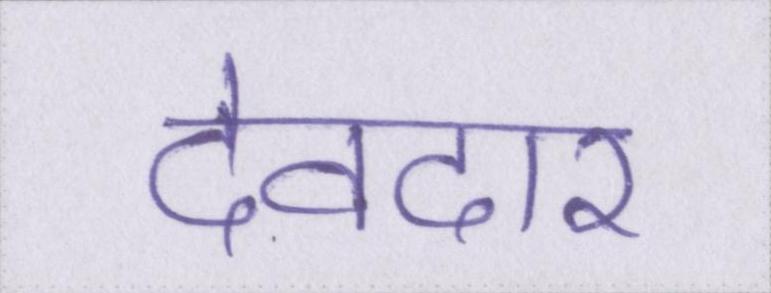
देवदार